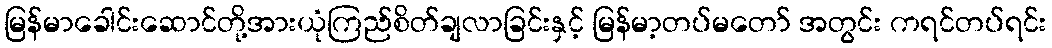
မြန်မာခေါင်းဆောင်တို့အားယုံကြည်စိတ်ချလာခြင်းနှင့် မြန်မာ့တပ်မတော် အတွင်း ကရင်တပ်ရင်း